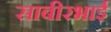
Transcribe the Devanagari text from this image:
साबीरभाई